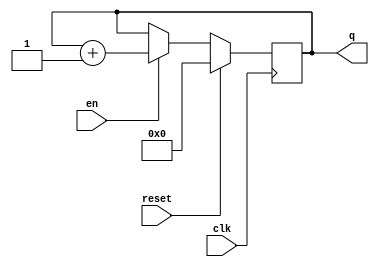
module count5 (
   input clk,
   input reset,
   input en,
   output reg [4:0] q);
   
   always @(posedge clk)
      if (reset)
         q <= 0;
      else if (en)
         q <= q + 1;
         
endmodule